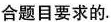
合题目要求的.